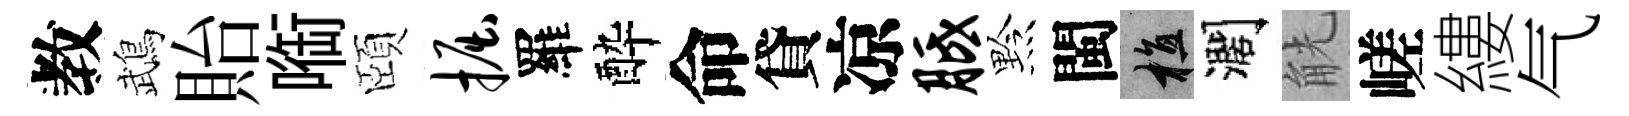
教鵡貽㗸頤掘羅酔命貸凉胝黔閩植濶觥嵯縷气